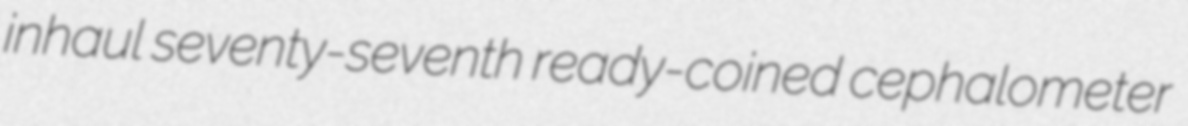
inhaul seventy-seventh ready-coined cephalometer